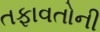
તફાવતોની